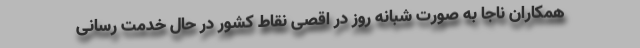
همکاران ناجا به صورت شبانه روز در اقصی نقاط کشور در حال خدمت رسانی